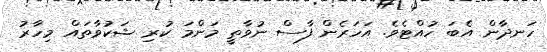
ހަނދާން އެބަ ހުއްޓެވެ. އަހަރެން ފާސް ނުވާތީ މަންމަ ކުރި ޝަކުވާތައް މިހާރު